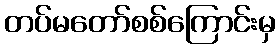
တပ်မတော်စစ်ကြောင်းမှ